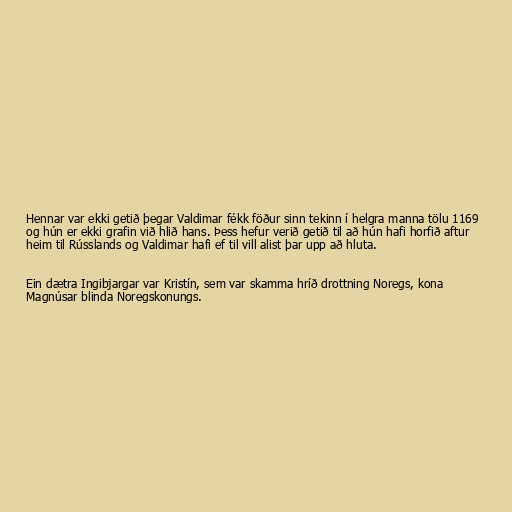
Hennar var ekki getið þegar Valdimar fékk föður sinn tekinn í helgra manna tölu 1169
og hún er ekki grafin við hlið hans. Þess hefur verið getið til að hún hafi horfið aftur
heim til Rússlands og Valdimar hafi ef til vill alist þar upp að hluta.

Ein dætra Ingibjargar var Kristín, sem var skamma hríð drottning Noregs, kona
Magnúsar blinda Noregskonungs.